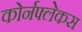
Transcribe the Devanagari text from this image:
कोर्नफ्लेकस